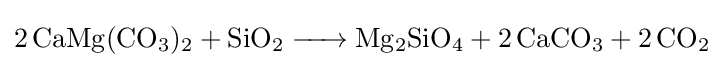
{\ce {2CaMg(CO3)2 + SiO2 -> Mg2SiO4 + 2CaCO3 + 2CO2}}